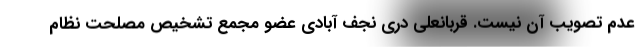
عدم تصویب آن نیست. قربانعلی دری نجف آبادی عضو مجمع تشخیص مصلحت نظام